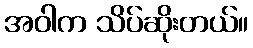
အဝါက သိပ်ဆိုးတယ်။